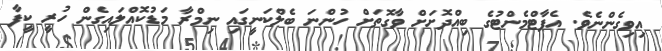
އިވިގެންނެވެ. އެޕާޓްމެންޓުގެ ބިއްދޮށަށް ވާގޮތަށް ހުންނަ ބެލްކަނީގައި ނިމްރާ މަޑުކޮއްލައިގެން ހުރީ ކީފާ